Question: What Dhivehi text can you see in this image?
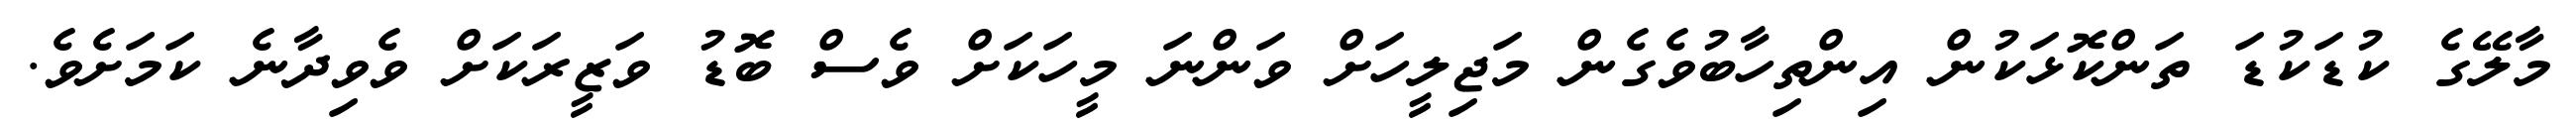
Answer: މާލޭގެ ކުޑަކުޑަ ތަންކޮޅަކުން އިންތިހާބުވެގެން މަޖިލީހަށް ވަންނަ މީހަކަށް ވެސް ބޮޑު ވަޒީރަކަށް ވެވިދާނެ ކަމަށެވެ.